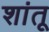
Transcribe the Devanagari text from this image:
शांतू